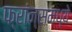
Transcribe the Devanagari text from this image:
फ्रांन्समध्ये